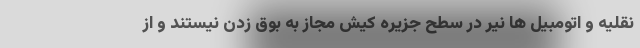
نقلیه و اتومبیل ها نیر در سطح جزیره کیش مجاز به بوق زدن نیستند و از